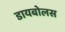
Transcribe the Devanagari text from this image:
डायबोलस